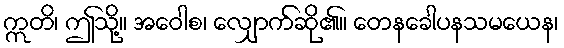
ဣတိ၊ ဤသို့။ အဝေါစ၊ လျှောက်ဆို၏။ တေနခေါပနသမယေန၊